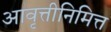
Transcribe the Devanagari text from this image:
आवृत्तीनिमित्त